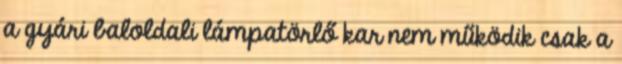
a gyári baloldali lámpatörlő kar nem működik csak a